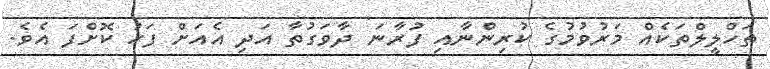
ތަހްލީލްތަކެއް މަރުވުމުގެ ކުރިންނާއި ފުރާނަ ދާވަގުތާ އަދި އެއަށް ފަހު ކޮށްފަ އެވެ.